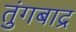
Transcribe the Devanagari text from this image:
तुंगबाद्र